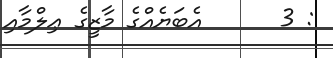
: 3      އެބަޔެއްގެ މާޒީގެ ޢިލްމާއި